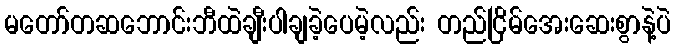
မတော်တဆဘောင်းဘီထဲချီးပါချခဲ့ပေမဲ့လည်း တည်ငြိမ်အေးဆေးစွာနဲ့ပဲ